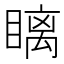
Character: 瞝